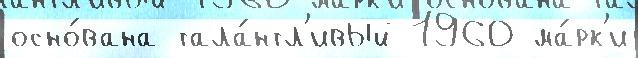
осно́вана тала́нтл'ивый 1960 ма́рк'и